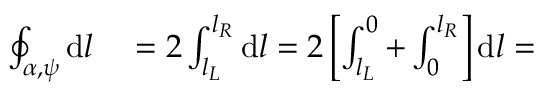
\begin{array} { r l } { \oint _ { \alpha , \psi } \mathrm { d } l } & { { } = 2 \int _ { l _ { L } } ^ { l _ { R } } \mathrm { d } l = 2 \left[ \int _ { l _ { L } } ^ { 0 } + \int _ { 0 } ^ { l _ { R } } \right] \mathrm { d } l = } \end{array}